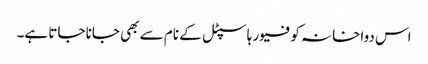
اس دواخانہ کو فیور ہاسپٹل کے نام سے بھی جانا جاتا ہے۔